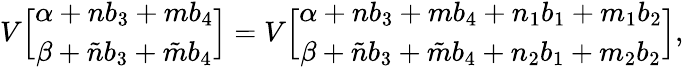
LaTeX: V\Big[\begin{array}{c}{{\alpha+nb_{3}+{m}b_{4}}}\\ {{\beta+\tilde{n}b_{3}+\tilde{m}b_{4}}}\end{array}\Big]=V\Big[\begin{array}{c}{{\alpha+nb_{3}+{m}b_{4}+n_{1}b_{1}+m_{1}b_{2}}}\\ {{\beta+\tilde{n}b_{3}+\tilde{m}b_{4}+n_{2}b_{1}+m_{2}b_{2}}}\end{array}\Big],